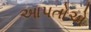
આપતોએ